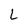
Character: L